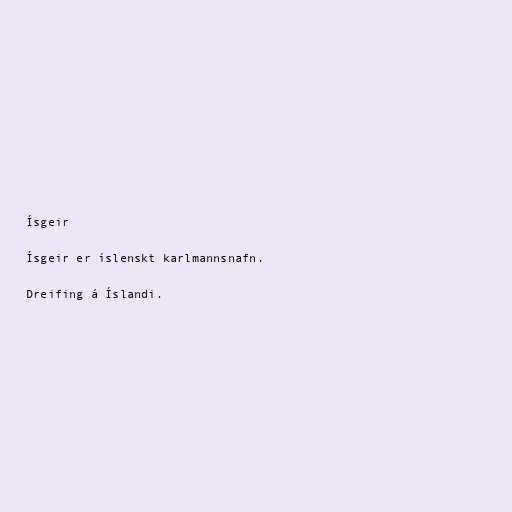
Ísgeir

Ísgeir er íslenskt karlmannsnafn.

Dreifing á Íslandi.